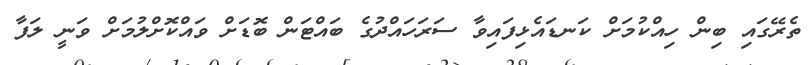
ތެރޭގައި ބިން ހިއްކުމަށް ކަނޑައެޅިފައިވާ ސަރަހައްދުގެ ބައްޓަން ބޮޑަށް ވައްކޮށްލުމަށް ވަނީ ލަފާ